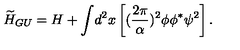
{ \widetilde H } _ { G U } = H + { \displaystyle \int } d ^ { 2 } x \left[ ( \frac { 2 \pi } { \alpha } ) ^ { 2 } \phi \phi ^ { * } \psi ^ { 2 } \right] .